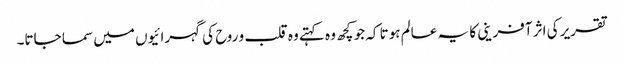
تقریر کی اثر آفرینی کا یہ عالم ہوتا کہ جو کچھ وہ کہتے وہ قلب و روح کی گہرائیوں میں سما جاتا۔